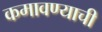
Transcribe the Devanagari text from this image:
कमावण्याची